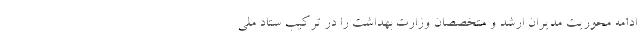
ادامه محوریت مدیران ارشد و متخصصان وزارت بهداشت را در ترکیب ستاد ملی